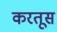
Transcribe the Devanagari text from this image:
करतूस